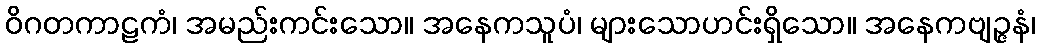
ဝိဂတကာဠကံ၊ အမည်းကင်းသော။ အနေကသူပံ၊ များသောဟင်းရှိသော။ အနေကဗျဉ္ဇနံ၊